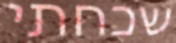
שכחתי